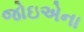
જોઇએના